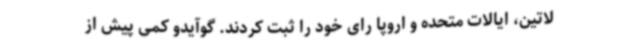
لاتین، ایالات متحده و اروپا رای خود را ثبت کردند. گوآیدو کمی پیش از